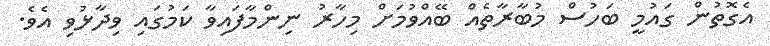
އެގޮތުން ގައުމީ ބަހުސް މުބާރާތެއް ބޭއްވުމަށް މިހާރު ނިންމާފައިވާ ކަމުގައި ވިދާޅުވި އެވެ.